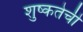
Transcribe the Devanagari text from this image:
शुष्कतेची